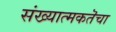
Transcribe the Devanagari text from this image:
संख्यात्मकतॆचा